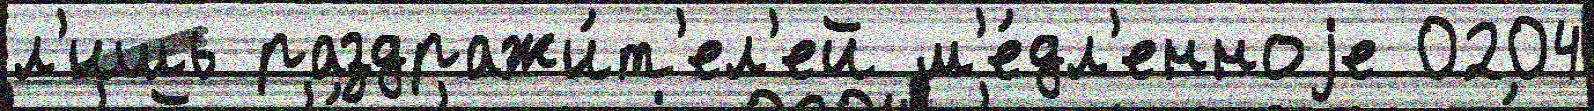
л'ишь раздражи́т'ел'ей м'е́дл'енноjе 0204